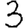
Digit: 3